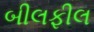
બીલફીલ